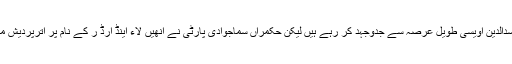
اترپردیش میں اپنی زمین تلاش کرنے کے لیے اسدالدین اویسی طویل عرصہ سے جدوجہد کر رہے ہیں لیکن حکمراں سماجوادی پارٹی نے انھیں لاء اینڈ آرڈ ر کے نام پر اترپردیش میں ریلی اور جلوس کے لیے داخل ہونے نہیں دیا۔